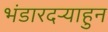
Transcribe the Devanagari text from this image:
भंडारदऱ्याहुन